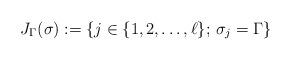
LaTeX: \begin{align*}J_\Gamma(\sigma) := \{j \in \{1,2,\dots,\ell\};\, \sigma_j = \Gamma\}\end{align*}